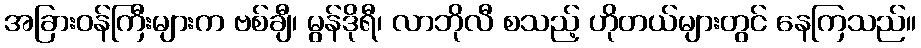
အခြားဝန်ကြီးများက ဗစ်ချီ၊ မွန်ဒိုရီ၊ လာဘိုလီ စသည့် ဟိုတယ်များတွင် နေကြသည်။